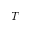
T